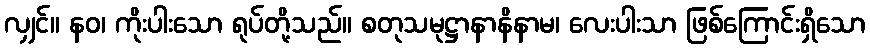
လျှင်။ နဝ၊ ကိုးပါးသော ရုပ်တို့သည်။ စတုသမုဋ္ဌာနာနိနာမ၊ လေးပါးသာ ဖြစ်ကြောင်းရှိသော